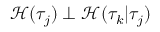
\mathcal { H } ( \tau _ { j } ) \perp \mathcal { H } ( \tau _ { k } \vert \tau _ { j } )